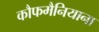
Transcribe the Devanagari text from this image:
कौफमैनियाना